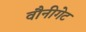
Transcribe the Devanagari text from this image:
वौनीगेट